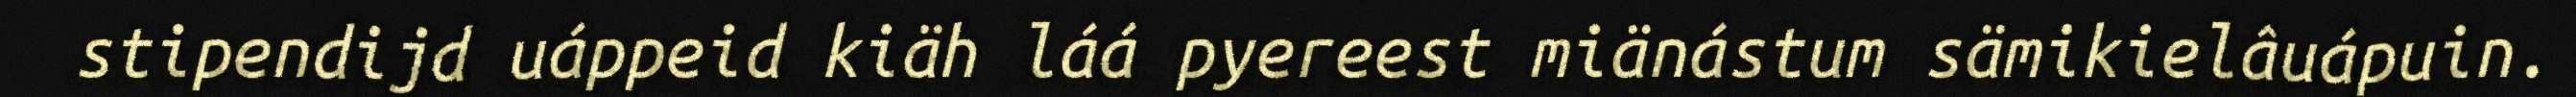
stipendijd uáppeid kiäh láá pyereest miänástum sämikielâuápuin.